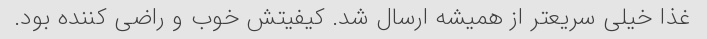
غذا خیلی سریعتر از همیشه ارسال شد. کیفیتش خوب و راضی کننده بود.